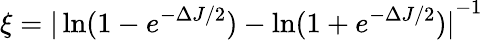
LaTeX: \xi={|\ln(1-e^{-\Delta J/2})-\ln(1+e^{-\Delta J/2})|}^{-1}